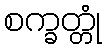
စက္ခတ္တုံ